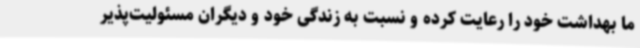
ما بهداشت خود را رعایت کرده و نسبت به زندگی خود و دیگران مسئولیت‌پذیر